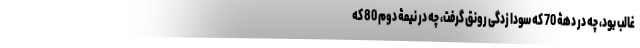
غالب بود، چه در دهۀ 70 که سودا زدگی رونق گرفت، چه در نیمۀ دوم 80 که